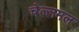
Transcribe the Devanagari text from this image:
चेल्लमल